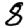
Digit: 8